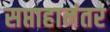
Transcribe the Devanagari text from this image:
सप्ताहानंतर